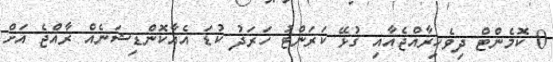
0 ކޮމެންޓް ދިވެހިރާއްޖެއާއި ގުޅޭ ކަރަންޓު ހަރަދު ކުޑަ އެއާކޮންޑިޝަނެއް ރާއްޖެ އަށް